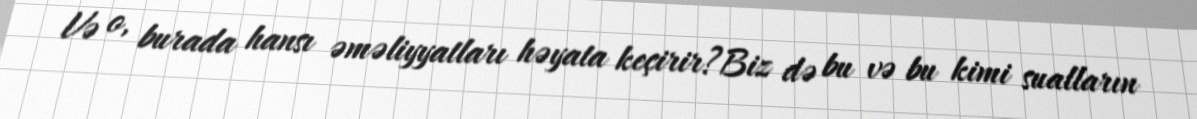
Və o, burada hansı əməliyyatları həyata keçirir?Biz də bu və bu kimi sualların